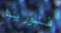
فلوريدا